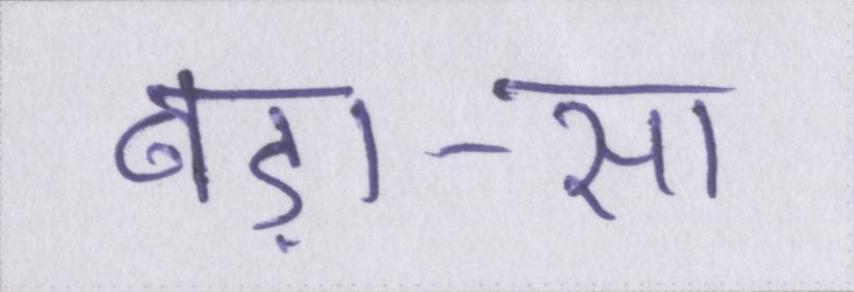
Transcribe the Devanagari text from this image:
बड़ा-सा